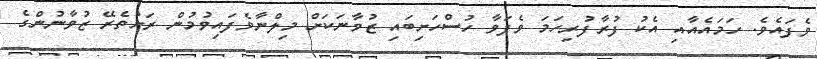
ވެފައެވެ. ހަމައެއާއި އެކު ފުރާފުރިހަމަ ވެފަވާ ހުސްހަށިބައި ޒުވާނަކަށް މިލްނާވެފައިވުމުން ރަށުތެރޭ ޒުވާނުންގެ